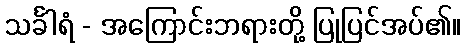
သင်္ခါရံ - အကြောင်းဘရားတို့ ပြုပြင်အပ်၏။